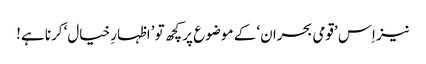
نیز اِس ’قومی بحران‘ کے موضوع پر کچھ تو ’اظہارِ خیال‘ کرنا ہے!